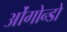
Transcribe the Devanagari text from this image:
ओंगोन्डो